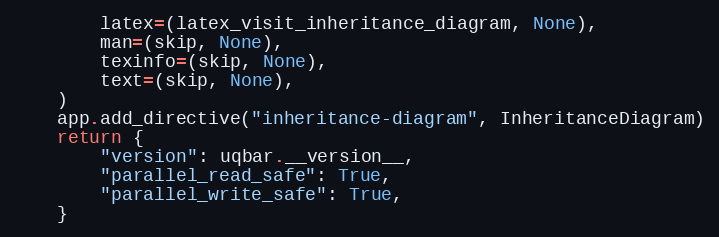
Language: Python
        latex=(latex_visit_inheritance_diagram, None),
        man=(skip, None),
        texinfo=(skip, None),
        text=(skip, None),
    )
    app.add_directive("inheritance-diagram", InheritanceDiagram)
    return {
        "version": uqbar.__version__,
        "parallel_read_safe": True,
        "parallel_write_safe": True,
    }